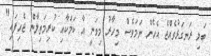
ބަލި ރަނގަޅުވެއްޖެ އެހެން ނަމަވެސް މިހާރު މިވަނީ އާ ކަމަކާއި ކުރިމަތިލާން ޖެހިފައި"